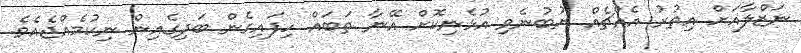
ނަޒްލާއަށް އިތުރު އެއްޗެއް ނުބުނެވި އުޅެނިކޮށް އޭނާ ތަބައް ހިފައިގެން ބަދިގެއިން ނިކުމެއްޖެއެވެ.